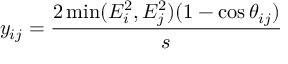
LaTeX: y _ { i j } = { \frac { 2 \operatorname * { m i n } ( E _ { i } ^ { 2 } , E _ { j } ^ { 2 } ) ( 1 - \cos \theta _ { i j } ) } { s } }